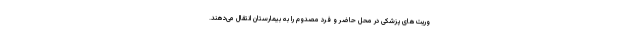
وریت‌های پزشکی در محل حاضر و فرد مصدوم را به بیمارستان انتقال می‌دهند.